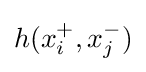
h(x_{i}^{+},x_{j}^{-})